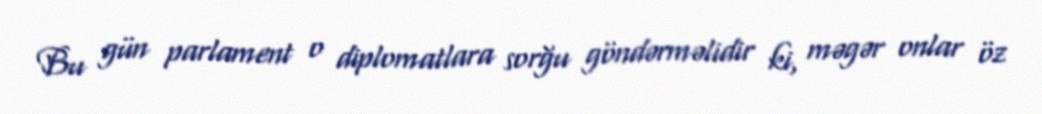
Bu gün parlament o diplomatlara sorğu göndərməlidir ki, məgər onlar öz